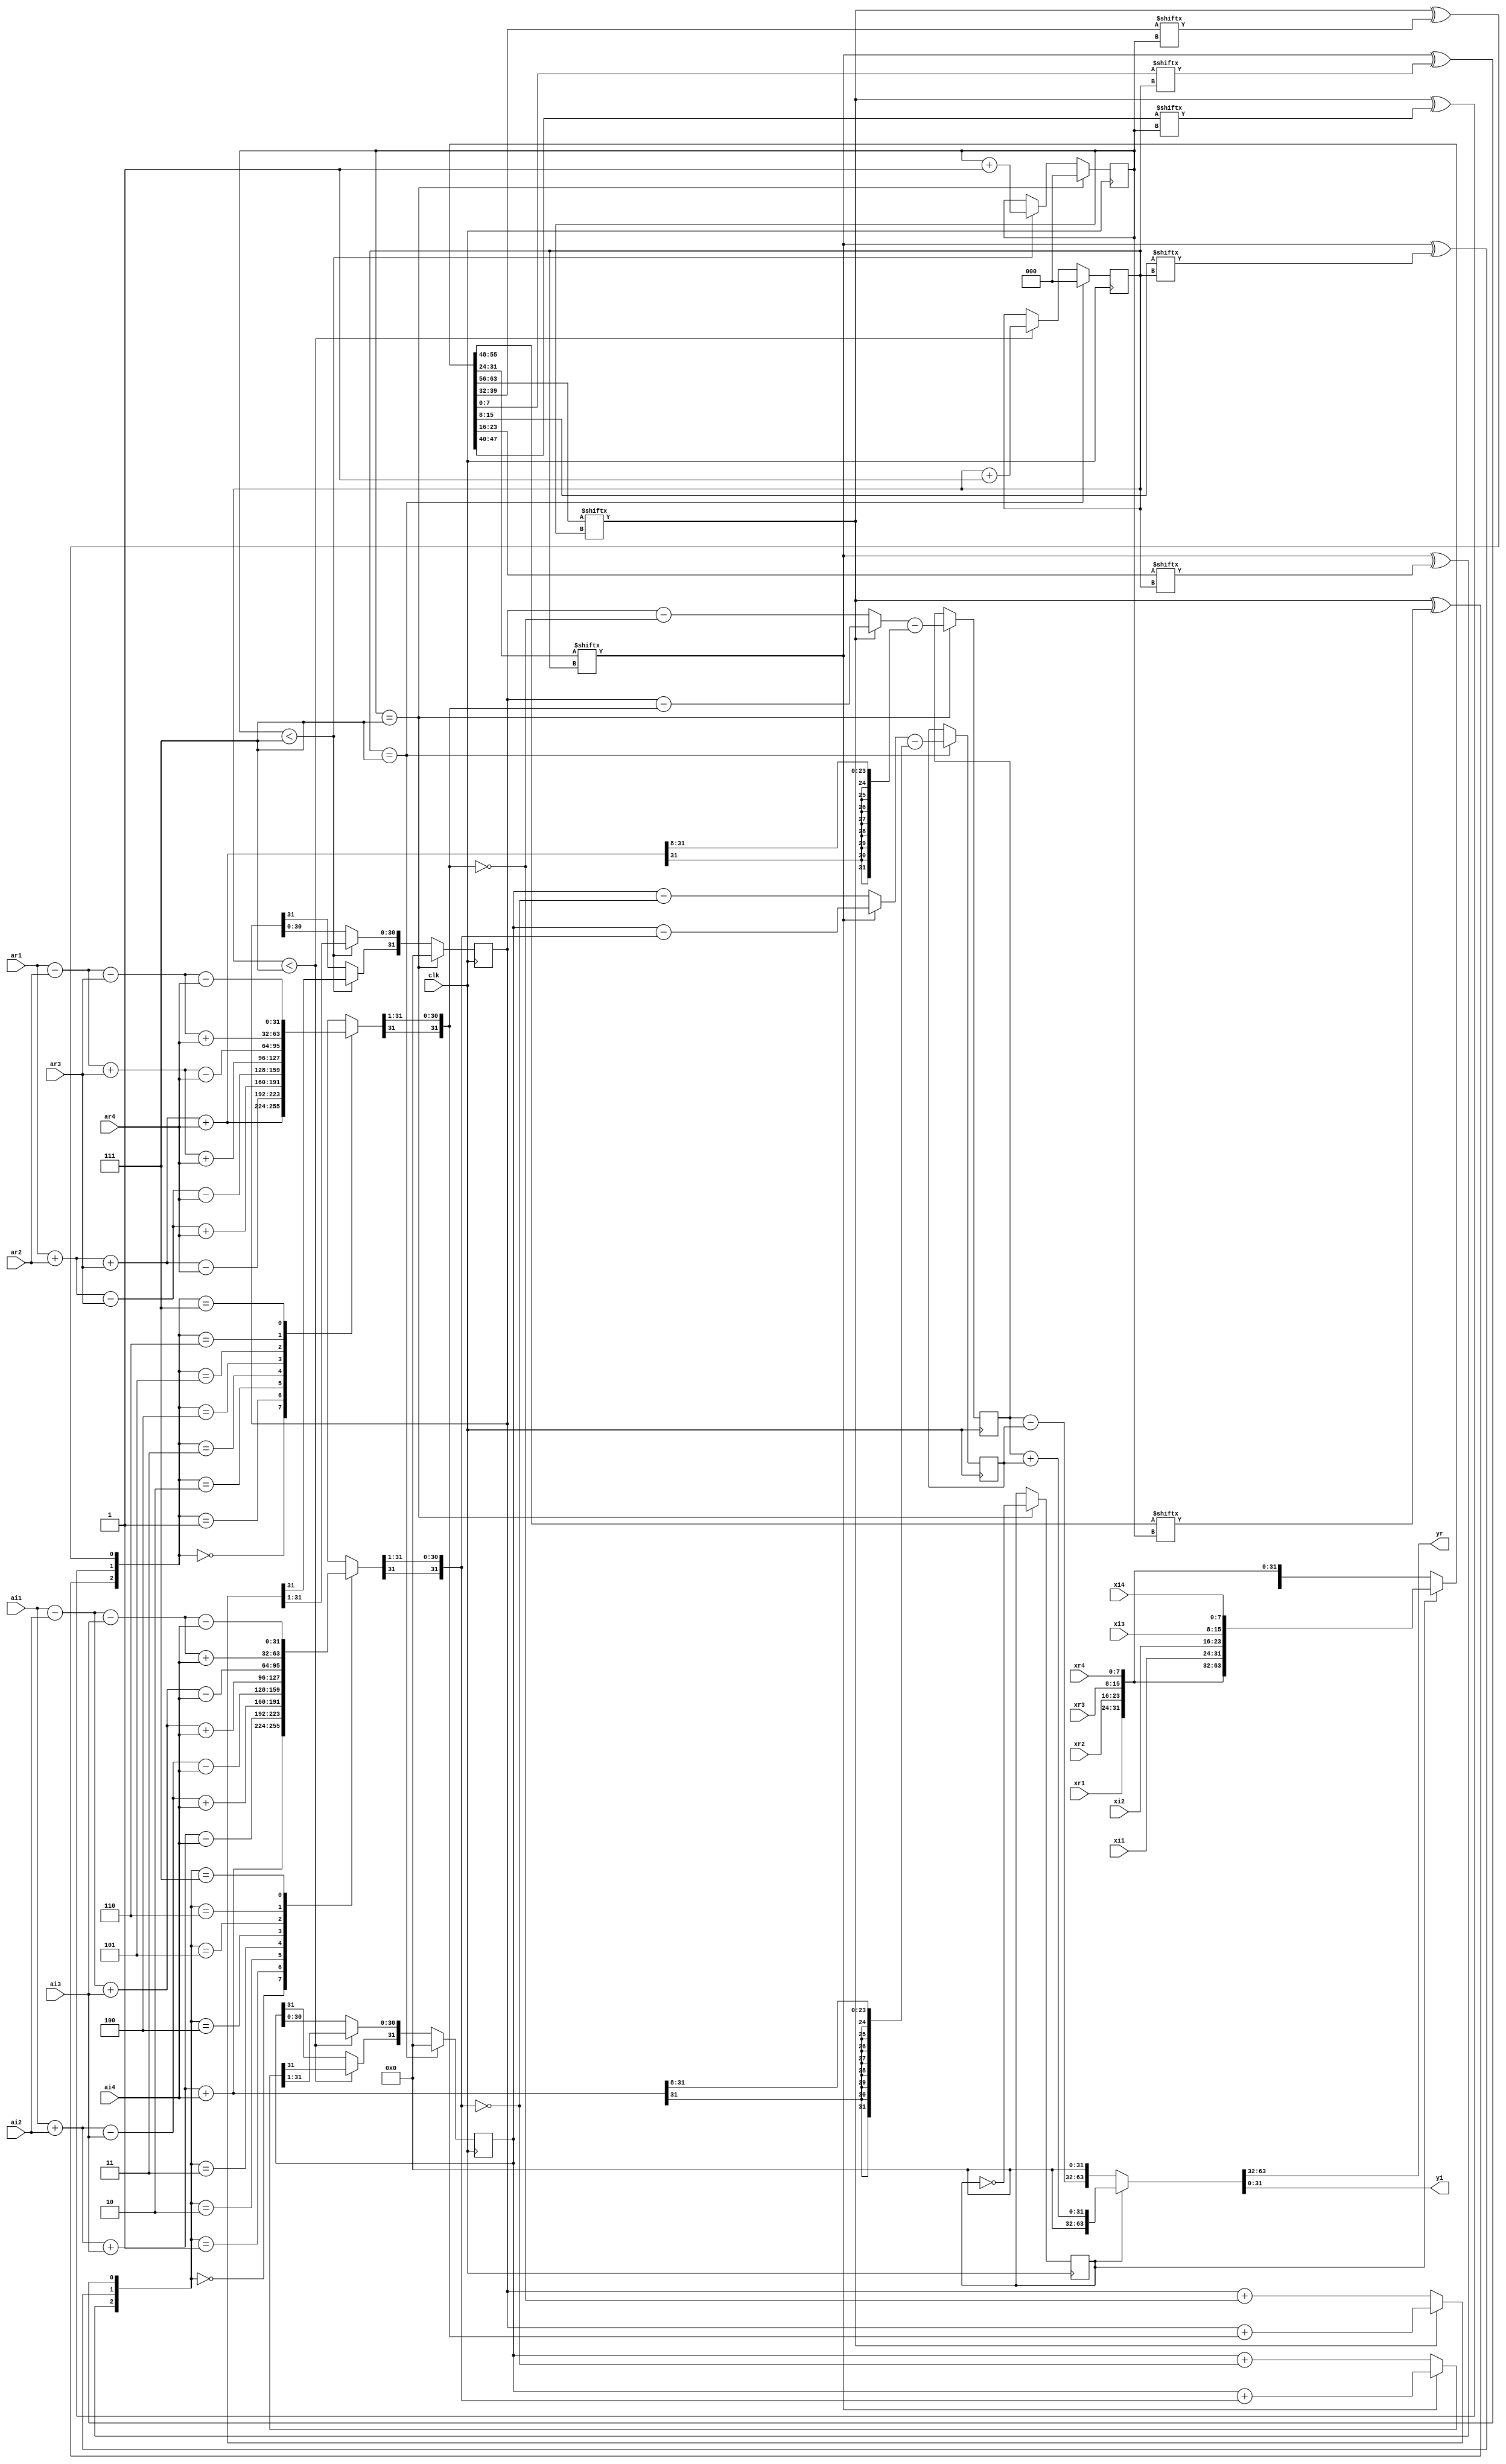
`timescale 1ns / 1ps
//////////////////////////////////////////////////////////////////////////////////
// Company: 
// Engineer: 
// 
// Design Name: 
// Module Name: vm_obc
// Project Name: 
// Target Devices: 
// Tool Versions: 
// Description: 
// 
// Dependencies: 
// 
// Revision:
// Revision 0.01 - File Created
// Additional Comments:
// 
//////////////////////////////////////////////////////////////////////////////////


module vm_obc(xr1,xr2,xr3,xr4,xi1,xi2,xi3,xi4,ar1,ar2,ar3,ar4,ai1,ai2,ai3,ai4,clk,yr,yi);
input clk;
input [7:0]xr1,xr2,xr3,xr4,xi1,xi2,xi3,xi4;
input [31:0]ar1,ar2,ar3,ar4,ai1,ai2,ai3,ai4;
output reg [31:0]yr,yi;
wire [7:0]n1,n2,n3,n4,n5,n6,n7,n8;
reg [31:0]lout1,lout2;
reg [31:0]ACC_shift,ACC,y1,y2,ac2,ac2shf,m,off1,off2;
reg w,check=1'b1,w1;
reg [2:0]i,j;
initial
begin 
   ACC=0;ACC_shift=0;i=0;ac2=0;ac2shf=0;j=0;
end 
assign {n1,n2,n3,n4,n5,n6,n7,n8}=(check)?{xr1,xr2,xr3,xr4,xi1,xi2,xi3,xi4}:{xi1,xi2,xi3,xi4,xr1,xr2,xr3,xr4};
always@(posedge clk)
    begin  
        case({n1[i]^n2[i],n1[i]^n3[i],n1[i]^n4[i]})
           0:lout1=ar1+ar2+ar3+ar4;   
           1:lout1=ar1+ar2+ar3-ar4;         
           2:lout1=ar1+ar2-ar3+ar4;
           3:lout1=ar1+ar2-ar3-ar4;
           4:lout1=ar1-ar2+ar3+ar4;
           5:lout1=ar1-ar2+ar3-ar4;
           6:lout1=ar1-ar2-ar3+ar4;
           7:lout1=ar1-ar2-ar3-ar4;
       endcase
       off1=ar1+ar2+ar3+ar4;
       w=off1[31];
       off1=(off1>>8);
       off1[31:24]={8{w}};
       if(i==7)
        begin
	  w=lout1[31];
	  lout1=lout1>>1;
	  lout1[31]=w;
          ACC=(n1[i]==1)?(ACC_shift)-lout1:(ACC_shift)-(~lout1);
          y1=ACC-off1;
          check<=(~check);
          i=0;ACC=0;ACC_shift=0;
          end
        else if(i<7)
        begin
	  w=lout1[31];
	  lout1=lout1>>1;
	  lout1[31]=w;
         ACC=(n1[i]==1)?(ACC_shift)+lout1:((ACC_shift)+(~lout1));
         w=ACC[31];
         ACC_shift=(ACC>>1);
         ACC_shift[31]=w;
         i=i+1;
         end
       end
always@(posedge clk)
        begin
        case({n5[j]^n6[j],n5[j]^n7[j],n5[j]^n8[j]})
                   0:lout2=ai1+ai2+ai3+ai4;
                   1:lout2=ai1+ai2+ai3-ai4;
                   2:lout2=ai1+ai2-ai3+ai4;
                   3:lout2=ai1+ai2-ai3-ai4;
                   4:lout2=ai1-ai2+ai3+ai4;
                   5:lout2=ai1-ai2+ai3-ai4;
                   6:lout2=ai1-ai2-ai3+ai4;     
                   7:lout2=ai1-ai2-ai3-ai4;
               endcase  
               off2=ai1+ai2+ai3+ai4;
               w1=off2[31];
               off2=(off2>>8);
               off2[31:24]={8{w1}};
              if(j==7)
               begin
		w1=lout2[31];
	  	lout2=lout2>>1;
	  	lout2[31]=w1;
                 ac2=(n5[j]==1)?(ac2shf)-lout2:(ac2shf)-(~lout2);
                 y2=ac2-off2;
                 j=0;ac2=0;ac2shf=0;
                 end
               else if(j<7)
               begin
		w1=lout2[31];
	  	lout2=lout2>>1;
	  	lout2[31]=w1;
                ac2=(n5[j]==1)?(ac2shf)+lout2:(ac2shf)+(~lout2);
                w1=ac2[31];
                ac2shf=(ac2>>1);
                ac2shf[31]=w1;
                j=j+1;
                end
              end
always @(y1 or y2 or check)
{yr,yi}=check?{32'd0,(y1+y2)}:{(y1-y2),32'd0};
endmodule